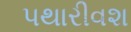
પથારીવશ